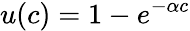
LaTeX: u(c)=1-e^{-\alpha c}